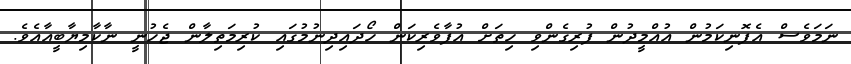
ނަމަވެސް އެފޮނިކަމުން އުއްމީދުން ފުރިގެންވި ހިތަށް އުފާވެރިކަން ހޯދައިދިނުމުގައި ކުރިމަތިލާން ޖެހުނީ ނާކާމިޔާބީއާއެވެ.